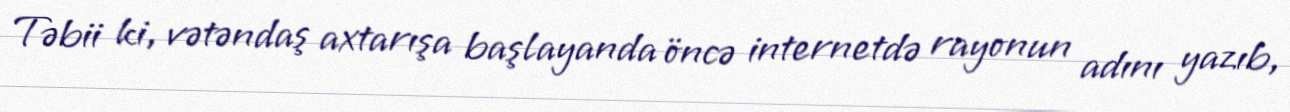
Təbii ki, vətəndaş axtarışa başlayanda öncə internetdə rayonun adını yazıb,